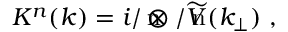
K ^ { n } ( k ) = i \rlap { { n } } / \otimes \rlap { { n } } / \widetilde { V } ( k _ { \perp } ) ~ ,